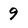
Character: 9